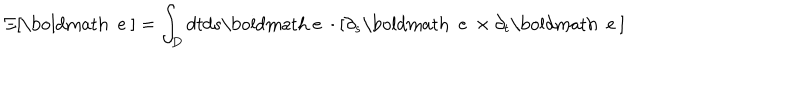
LaTeX: \Xi [ { \mathrm { \boldmath ~ e ~ } } ] = \int _ { D } d t d s { \mathrm { \boldmath ~ e ~ } } \cdot [ \partial _ { s } { \mathrm { \boldmath ~ e ~ } } \times \partial _ { t } { \mathrm { \boldmath ~ e ~ } } ]